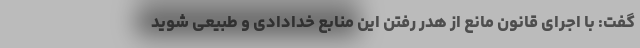
گفت: با اجرای قانون مانع از هدر رفتن این منابع خدادادی و طبیعی شوید